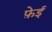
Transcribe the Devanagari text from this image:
फ़ेई